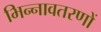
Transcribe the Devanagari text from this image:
भिन्नावतरणों